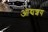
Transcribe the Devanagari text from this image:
आद्यशय